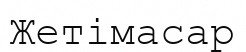
Жетімасар